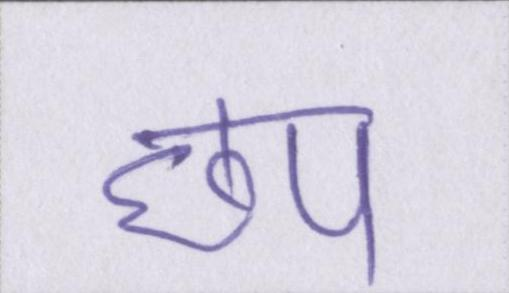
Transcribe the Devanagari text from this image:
छप